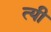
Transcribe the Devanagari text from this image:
त्यी